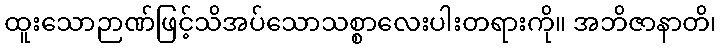
ထူးသောဉာဏ်ဖြင့်သိအပ်သောသစ္စာလေးပါးတရားကို။ အဘိဇာနာတိ၊